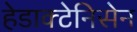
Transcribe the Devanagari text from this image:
हेडाक्टेनिसेन